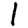
Digit: 1